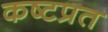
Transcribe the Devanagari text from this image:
कष्टप्रत